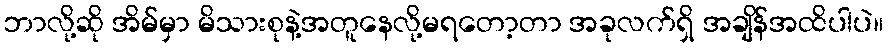
ဘာလို့ဆို အိမ်မှာ မိသားစုနဲ့အတူနေလို့မရတော့တာ အခုလက်ရှိ အချိန်အထိပါပဲ။